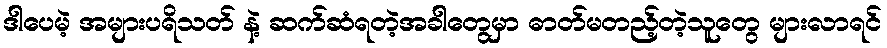
ဒါပေမဲ့ အများပရိသတ် နဲ့ ဆက်ဆံရတဲ့အခါတွေမှာ ဓာတ်မတည့်တဲ့သူတွေ များလာရင်